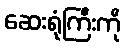
ဆေးရုံကြီးကို